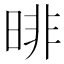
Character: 㫵